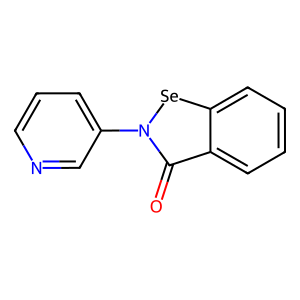
SMILES: O=c1c2ccccc2[se]n1-c1cccnc1
Inhibits HIV replication: Yes